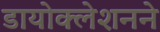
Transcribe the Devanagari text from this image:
डायोक्लेशनने